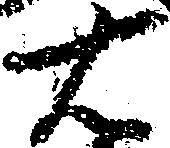
右